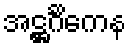
အဋ္ဌင်္ဂိကေန